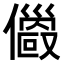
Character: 𠐄